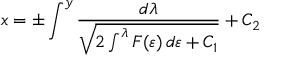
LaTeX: x = \pm \int ^ { y } { \frac { d \lambda } { \sqrt { 2 \int ^ { \lambda } F ( \varepsilon ) \, d \varepsilon + C _ { 1 } } } } + C _ { 2 } \,